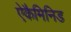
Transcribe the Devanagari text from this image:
ऐकैमिनिड